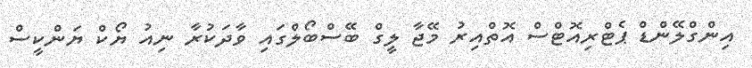
އިންގްލޭންޑް ޕެޓްރިއޮޓްސް އޮތްއިރު މޭޖާ ލީގް ބޭސްބޯލްގައި ވާދަކުރާ ނިއު ޔޯކް ޔަންކީސް